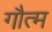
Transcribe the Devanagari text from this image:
गौत्म